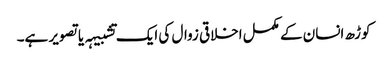
کوڑھ انسان کے مکمل اخلاقی زوال کی ایک تشبیہہ یا تصویر ہے۔